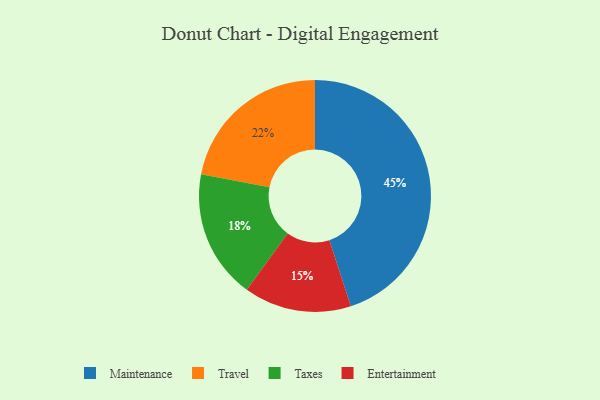
{"axis": {"x": "Category", "y": "Percentage"}, "legend": ["Entertainment", "Maintenance", "Taxes", "Travel"], "data": [{"x": "Taxes", "y": 18, "type": "Taxes"}, {"x": "Travel", "y": 22, "type": "Travel"}, {"x": "Entertainment", "y": 15, "type": "Entertainment"}, {"x": "Maintenance", "y": 45, "type": "Maintenance"}]}